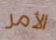
الأمر